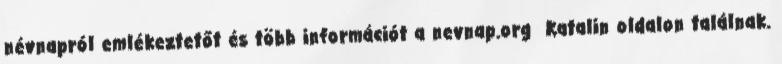
névnapról emlékeztetőt és több információt a nevnap.org Katalin oldalon találnak.